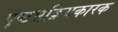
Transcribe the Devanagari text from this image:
पृष्टसक्रियकारक